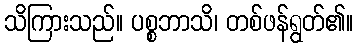
သိကြားသည်။ ပစ္စဘာသိ၊ တစ်ဖန်ရွတ်၏။